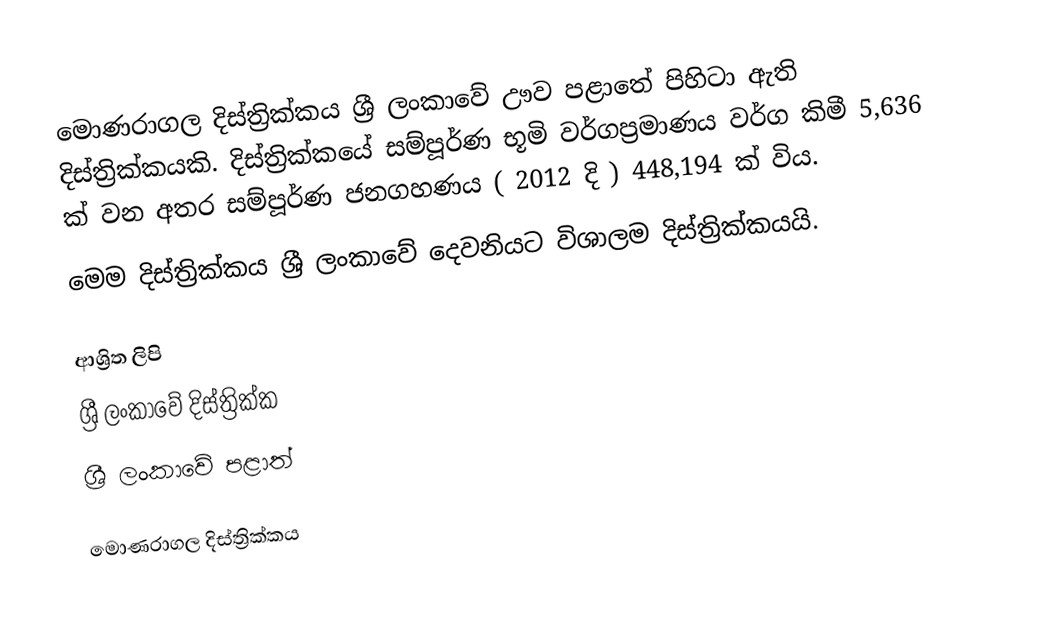
මොණරාගල දිස්ත්‍රික්කය ශ්‍රී ලංකාවේ ඌව පළාතේ පිහිටා ඇති දිස්ත්‍රික්කයකි. දිස්ත්‍රික්කයේ සම්පූර්ණ භූමි වර්ගප්‍රමාණය වර්ග කිමී 5,636 ක් වන අතර සම්පූර්ණ ජනගහණය ( 2012 දි ) 448,194 ක් විය.
මෙම දිස්ත්‍රික්කය ශ්‍රී ලංකාවේ දෙවනියට විශාලම  දිස්ත්‍රික්කයයි.

ආශ්‍රිත ලිපි
ශ්‍රී ලංකාවේ දිස්ත්‍රික්ක
ශ්‍රී ලංකාවේ පළාත්

මොණරාගල දිස්ත්‍රික්කය